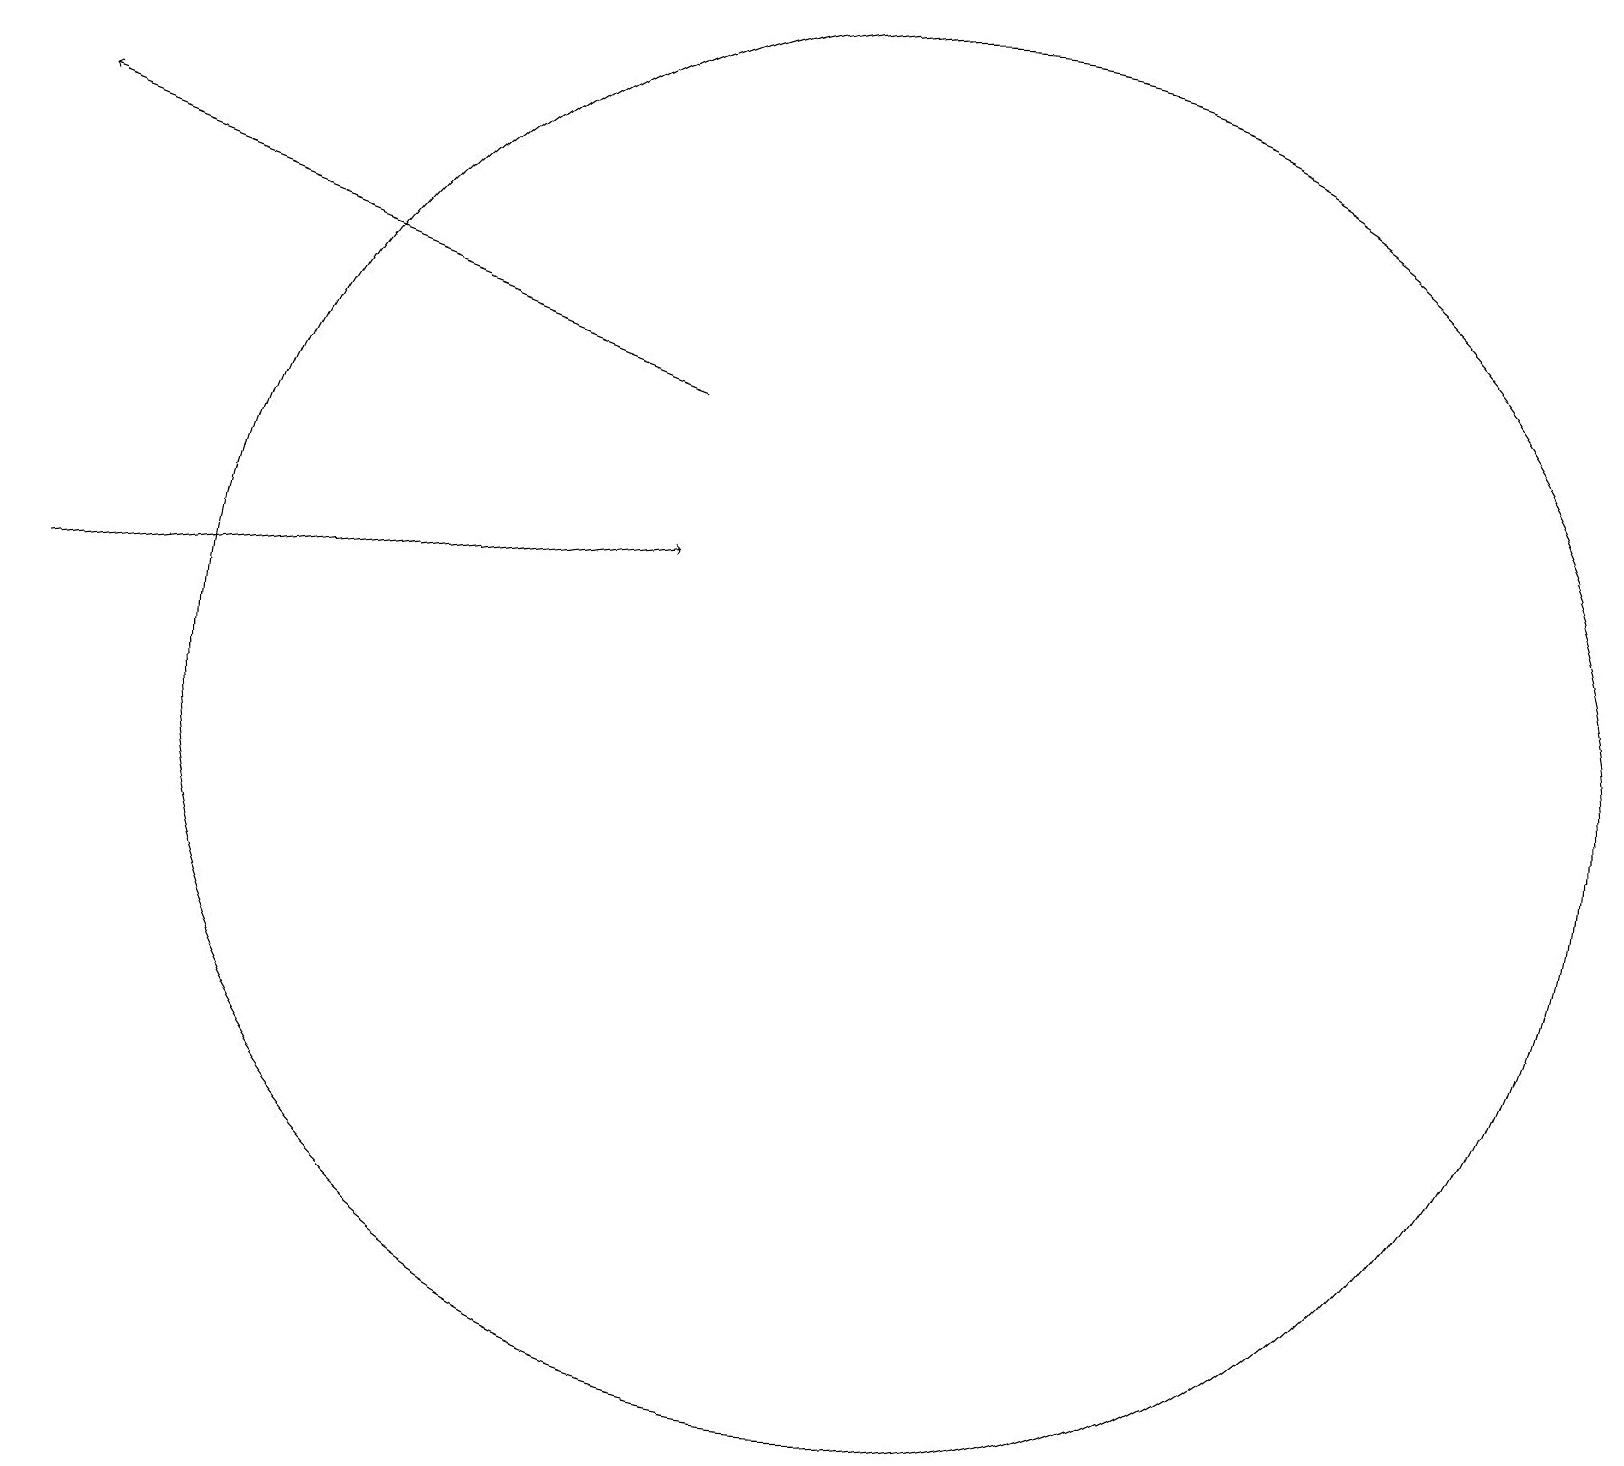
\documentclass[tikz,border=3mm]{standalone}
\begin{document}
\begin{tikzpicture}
\draw (11,11) circle (9);
\draw[->] (8,15) -- (0,18);
\draw[->] (0,12) -- (8,13);
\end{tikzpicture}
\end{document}